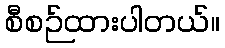
စီစဉ်ထားပါတယ်။